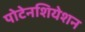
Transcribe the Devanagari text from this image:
पोटेनशियेशन